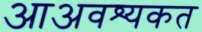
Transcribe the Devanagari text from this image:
आअवश्यकत